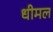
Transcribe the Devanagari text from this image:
धीमल